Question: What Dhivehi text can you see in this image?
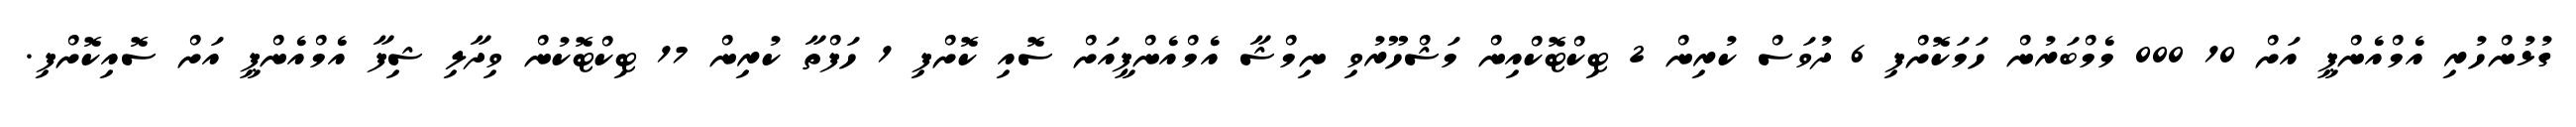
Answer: ގުޅުންހުރި އެމްއެންޕީ އަށް 10 000 މެމްބަރުން ހަމަކޮށްފި 6 ދުވަސް ކުރިން 2 ޓިކްޓޮކްއިން މަޝްހޫރުވި ނިމްޝާ އެމްއެންޕީއަށް ސޮއި ކޮށްފި 1 ހަފްތާ ކުރިން 17 ޓިކްޓޮކުން ވިދާލި ޝިފާ އެމްއެންޕީ އަށް ސޮއިކޮށްފި.